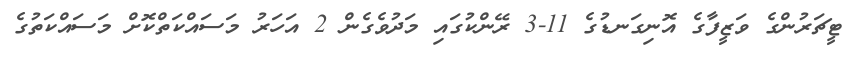
ޓީޗަރުންގެ ވަޒީފާގެ އޮނިގަނޑުގެ 11-3 ރޭންކުގައި މަދުވެގެން 2 އަހަރު މަސައްކަތްކޮށް މަސައްކަތުގެ